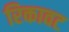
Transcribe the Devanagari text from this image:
रिकावट